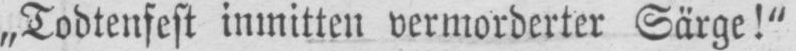
„Todtenfest inmitten vermorderter Särge!”